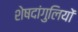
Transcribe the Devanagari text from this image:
शेषदांगुलियों